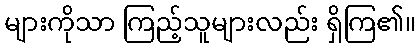
များကိုသာ ကြည့်သူများလည်း ရှိကြ၏။